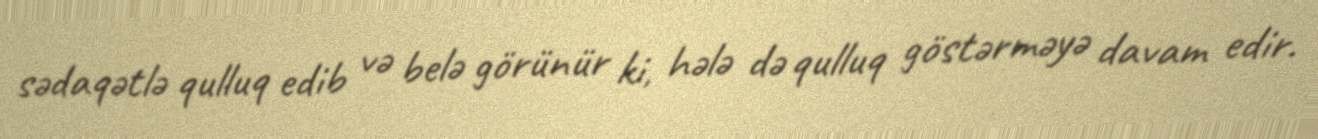
sədaqətlə qulluq edib və belə görünür ki, hələ də qulluq göstərməyə davam edir.